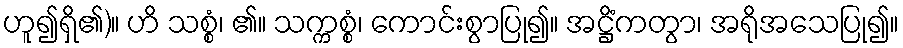
ဟူ၍ရှိ၏)။ ဟိ သစ္စံ၊ ၏။ သက္ကစ္စံ၊ ကောင်းစွာပြု၍။ အဋ္ဌိံကတွာ၊ အရိုအသေပြု၍။